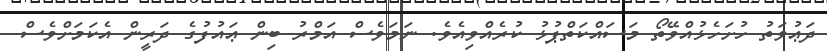
ދަޢުވަތު ހުށަހެޅުއްވޭތޯ މަސައްކަތްޕުޅު ކުރެއްވިއެވެ. ނަމަވެސް އަމްރު ބިން ޢައުފުގެ ދަރީން އެކަމަށްވެސް